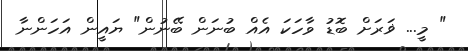
" މީ... ޥަރަށް ބޮޑު ވާހަކަ އެއް ބުނަން ބޭނުން" ޔައީން އަހަންނާ